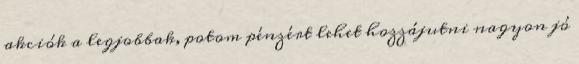
akciók a legjobbak, potom pénzért lehet hozzájutni nagyon jó